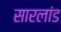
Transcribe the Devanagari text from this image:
सारलांड